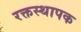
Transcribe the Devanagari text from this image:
रक्तस्थापक